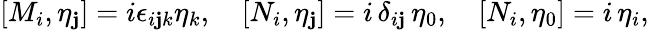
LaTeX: [M_{i},\eta_{\mathbf{j}}]=i\epsilon_{i\mathbf{j}k}\eta_{k},\quad[N_{i},\eta_{\mathbf{j}}]=i\, \delta_{i\mathbf{j}}\, \eta_{0},\quad[N_{i},\eta_{0}]=i\, \eta_{i},